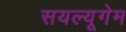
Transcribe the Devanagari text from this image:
सयल्यूगेम